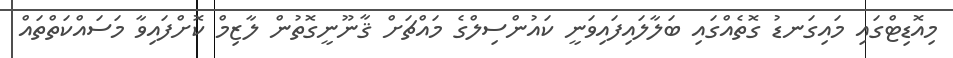
މިއޮޑިޓްގައި މައިގަނޑު ގޮތެއްގައި ބަލާލައިފައިވަނީ ކައުންސިލްގެ މައްޗަށް ޤާނޫނީގޮތުން ލާޒިމް ކޮށްފައިވާ މަސައްކަތްތައް